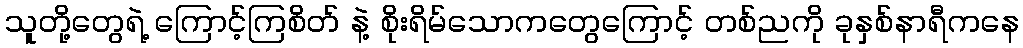
သူတို့တွေရဲ့ ကြောင့်ကြစိတ် နဲ့ စိုးရိမ်သောကတွေကြောင့် တစ်ညကို ခုနှစ်နာရီကနေ